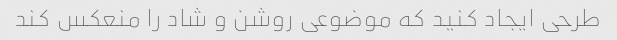
طرحی ایجاد کنید که موضوعی روشن و شاد را منعکس کند